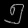
Digit: ၅